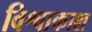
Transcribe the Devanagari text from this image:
विश्वाकाश